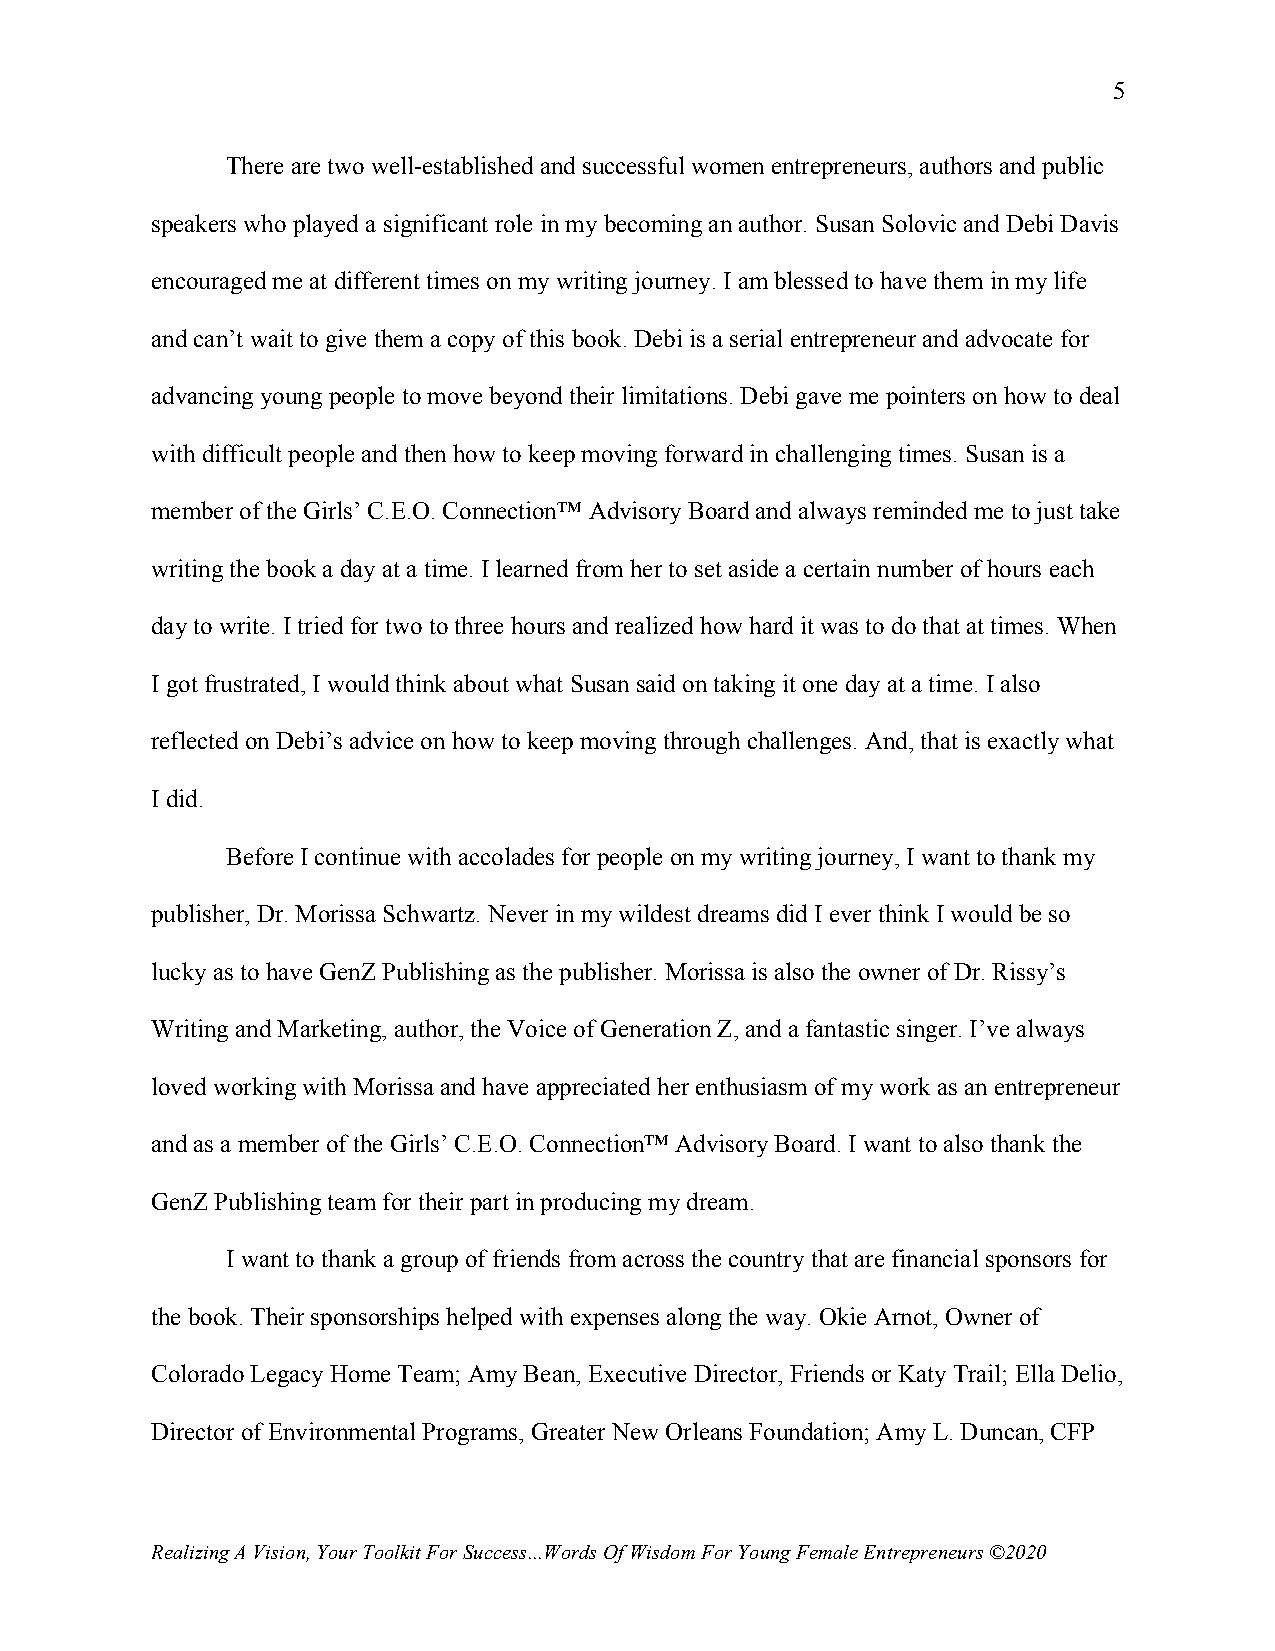
5
 There are two well-established and successful women entrepreneurs, authors and public
 speakers who played a significant role in my becoming an author. Susan Solovic and Debi Davis
 encouraged me at different times on my writing journey. I am blessed to have them in my life
 and can’t wait to give them a copy of this book. Debi is a serial entrepreneur and advocate for
 advancing young people to move beyond their limitations. Debi gave me pointers on how to deal
 with difficult people and then how to keep moving forward in challenging times. Susan is a
 member of the Girls’ C.E.O. Connection™ Advisory Board and always reminded me to just take
 writing the book a day at a time. I learned from her to set aside a certain number of hours each
 day to write. I tried for two to three hours and realized how hard it was to do that at times. When
 I got frustrated, I would think about what Susan said on taking it one day at a time. I also
 reflected on Debi’s advice on how to keep moving through challenges. And, that is exactly what
 I did.
 Before I continue with accolades for people on my writing journey, I want to thank my
 publisher, Dr. Morissa Schwartz. Never in my wildest dreams did I ever think I would be so
 lucky as to have GenZ Publishing as the publisher. Morissa is also the owner of Dr. Rissy’s
 Writing and Marketing, author, the Voice of Generation Z, and a fantastic singer. I’ve always
 loved working with Morissa and have appreciated her enthusiasm of my work as an entrepreneur
 and as a member of the Girls’ C.E.O. Connection™ Advisory Board. I want to also thank the
 GenZ Publishing team for their part in producing my dream.
 I want to thank a group of friends from across the country that are financial sponsors for
 the book. Their sponsorships helped with expenses along the way. Okie Arnot, Owner of
 Colorado Legacy Home Team; Amy Bean, Executive Director, Friends or Katy Trail; Ella Delio,
 Director of Environmental Programs, Greater New Orleans Foundation; Amy L. Duncan, CFP
 Realizing A Vision, Your Toolkit For Success...Words Of Wisdom For Young Female Entrepreneurs ©2020